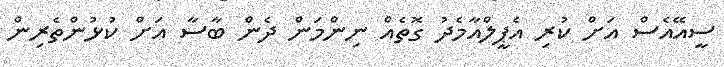
ސީއޭއެސް އަށް ކުރި އެޕީލްއާމެދު ގޮތެއް ނިންމަން ދެން ބާސާ އަށް ކުޅުންތެރިން